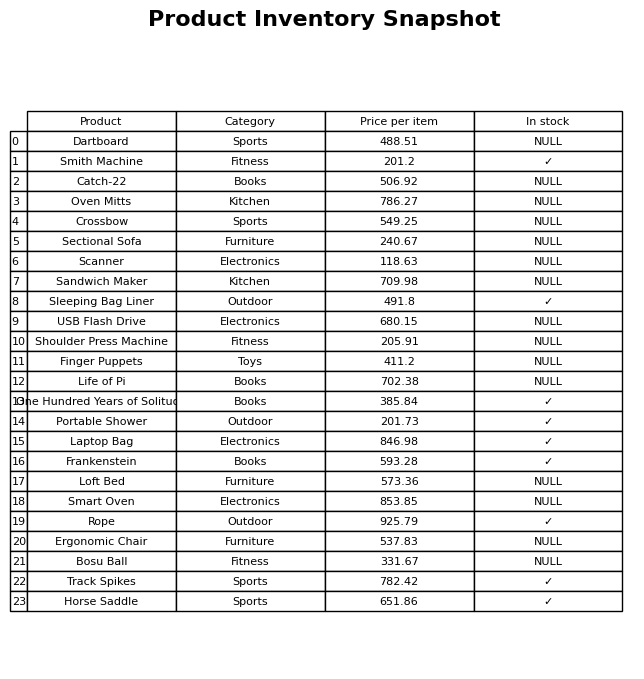
question: What is the price for Crossbow?
answer: The price of Crossbow is 549.25.